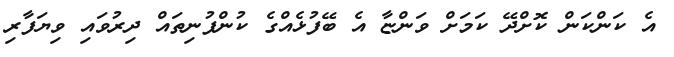
އެ ކަންކަން ކޮށްދޭ ކަމަށް ވަންޏާ އެ ބޭފުޅެއްގެ ކުންފުނިތައް ދިރުވައި ވިޔަފާރި